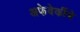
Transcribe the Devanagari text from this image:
अफेवेर्कीचे